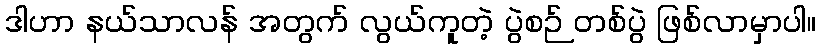
ဒါဟာ နယ်သာလန် အတွက် လွယ်ကူတဲ့ ပွဲစဉ် တစ်ပွဲ ဖြစ်လာမှာပါ။